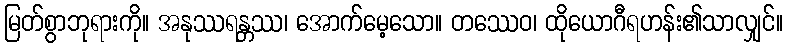
မြတ်စွာဘုရားကို။ အနုဿရန္တဿ၊ အောက်မေ့သော။ တဿေဝ၊ ထိုယောဂီရဟန်း၏သာလျှင်။